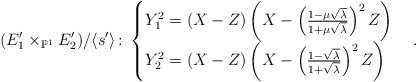
\begin{align*}(E_1'\times_{\mathbb{P}^1}E_2')/\langle s' \rangle \colon\begin{cases}Y_1^2= (X-Z)\left(X-\left(\frac{1-\mu\sqrt{\lambda}}{1+\mu\sqrt{\lambda}}\right)^2Z\right)\\Y_2^2= (X-Z)\left(X-\left(\frac{1-\sqrt{\lambda}}{1+\sqrt{\lambda}}\right)^2Z\right)\end{cases}.\end{align*}